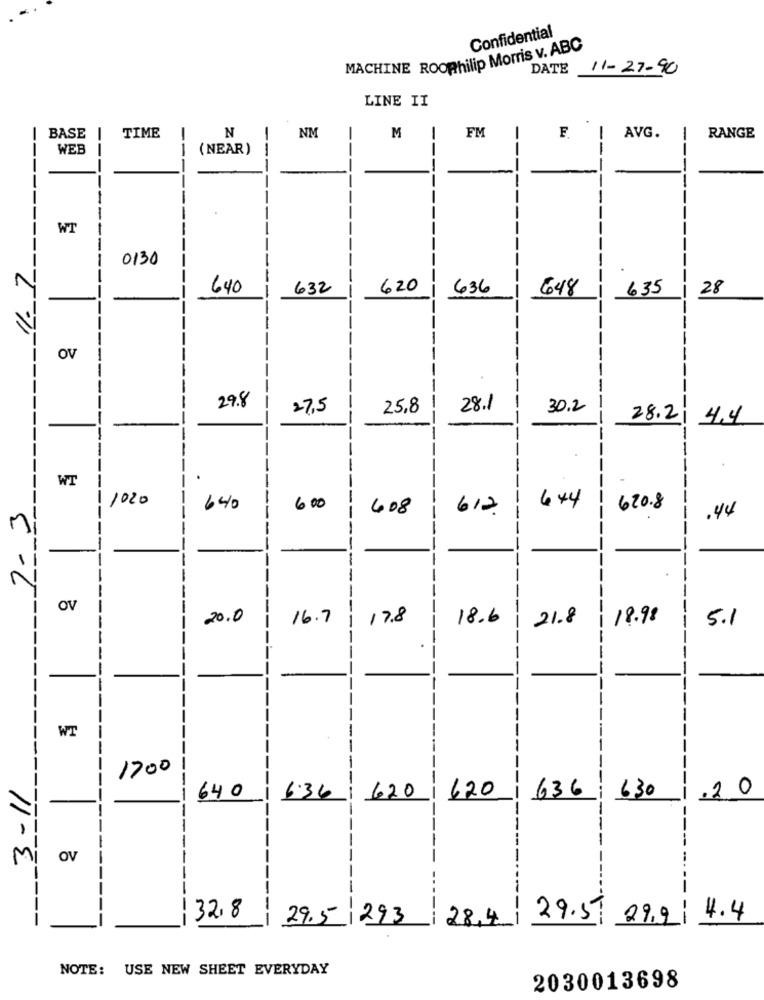
Confidential
MACHINE ROOPhilip Morris v. ABC
DATE
11-27-90
LINE II
Z
BASE
TIME
NM
M
FM
F.
AVG.
RANGE
WEB
(NEAR)
--
--
--
-
--
WT
-------
-----
0130
---
640
632
620
636
648
635
28
-
OV
-
--
--
--
29.8
27.5
25,8
28.1
30.2
--
28.2
4.4
WT
1020
444
2-3
640
600
9
408
612
620.8
--
.44
5
20.0
16.7
-
17.8
18.6
21.8
18.98
-
5.1
WT
--
-
1700
---
3-11
-
-----
620
636
630
.20
0
640
6.36
620
OV
-
---
-
-
--
32.8
29.5 293
28,4
29.59 29.9
--
4.4
NOTE: USE NEW SHEET EVERYDAY
2030013698